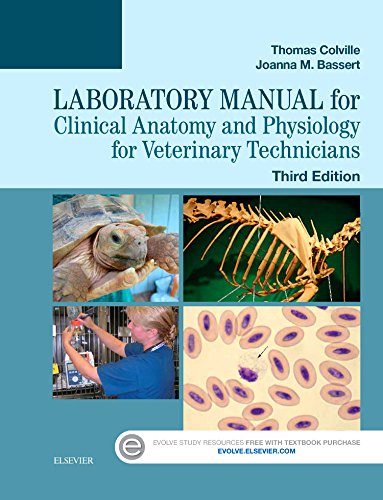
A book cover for Laboratory Manual for Clinical Anatomy and Physiology for Veterinary Technicians, 3e; Thomas P. Colville DVM  MSc; Medical Books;